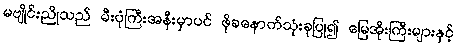
မဗျိုင်းညိုသည် မီးပုံကြီးအနီးမှာပင် ဖိုခနောက်သုံးခုပြု၍ မြေအိုးကြီးများနှင့်